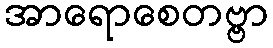
အာရောစေတဗ္ဗာ